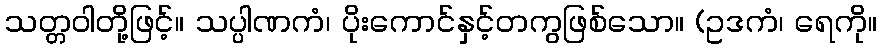
သတ္တဝါတို့ဖြင့်။ သပ္ပါဏကံ၊ ပိုးကောင်နှင့်တကွဖြစ်သော။ (ဥဒကံ၊ ရေကို။